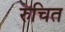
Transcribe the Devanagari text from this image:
रुचित